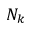
N _ { k }